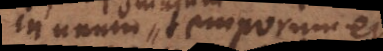
in unum temporum et